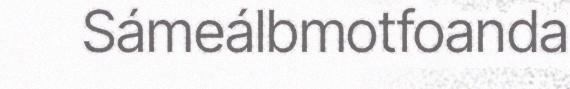
Sámeálbmotfoanda